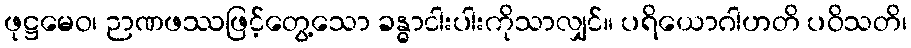
ဖုဋ္ဌမေဝ၊ ဉာဏဖဿဖြင့်တွေ့သော ခန္ဓာငါးပါးကိုသာလျှင်။ ပရိယောဂါဟတိ ပဝိသတိ၊